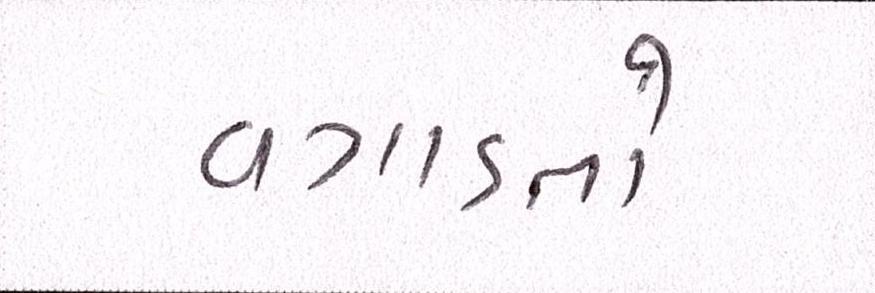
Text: વગાડતો